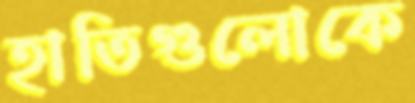
হাতিগুলোকে